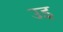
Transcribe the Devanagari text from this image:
उइ